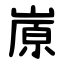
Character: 㟶